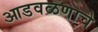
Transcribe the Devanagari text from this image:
आडवळणाचे